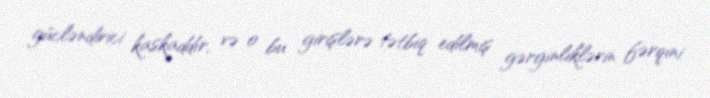
gücləndirici kaskaddır, və o bu girişlərə tətbiq edilmiş gərginliklərin fərqini